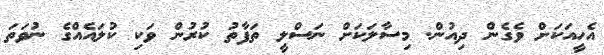
އެހީއަކަށް ވެގެން ދިއުން. މިސާލަކަށް ނަސްލީ ތަފާތު ކުރުން ވަކި ކުލައެއްގެ ނުވަތަ